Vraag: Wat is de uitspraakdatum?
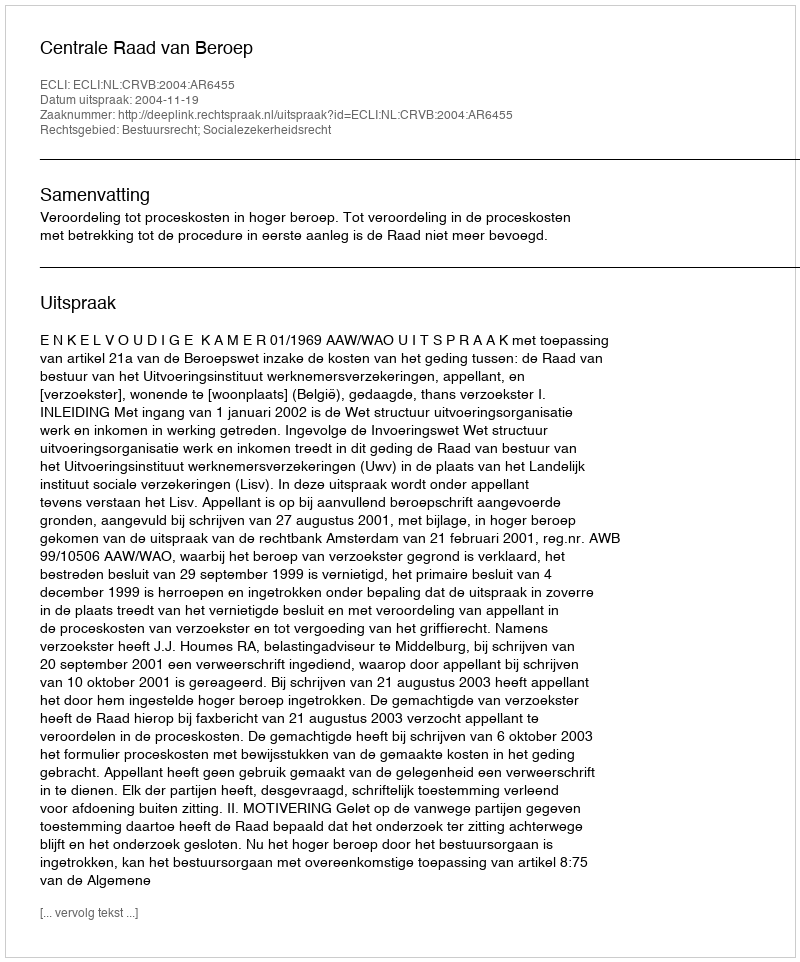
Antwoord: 2004-11-19